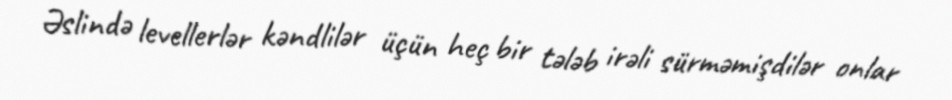
Əslində levellerlər kəndlilər üçün heç bir tələb irəli sürməmişdilər onlar